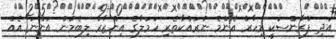
އަދި ފްރާންސަކީ މިހާރު އެންމެ ނުރައްކާތެރި ހަމަލާގެ އިންޒާރު ލިބެމުން އަންނަ އެއް